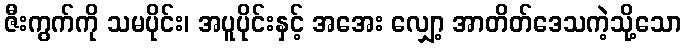
ဇီးကွက်ကို သမပိုင်း၊ အပူပိုင်းနှင့် အအေး လျှော့ အာတိတ်ဒေသကဲ့သို့သော